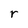
Character: r